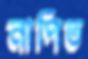
নাপিত